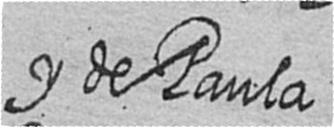
y de Paula